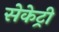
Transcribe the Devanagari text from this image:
सेकेट्री